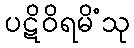
ပဋိဝိရမိံသု